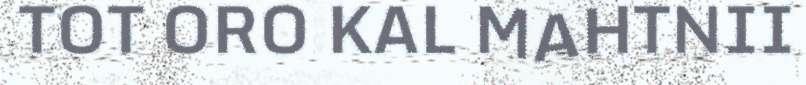
TOT ORO KAL MAHTNII